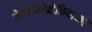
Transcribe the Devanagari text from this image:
चेकोस्लोव्हेकियाच्या